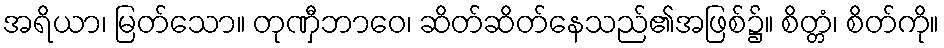
အရိယာ၊ မြတ်သော။ တုဏှီဘာဝေ၊ ဆိတ်ဆိတ်နေသည်၏အဖြစ်၌။ စိတ္တံ၊ စိတ်ကို။